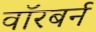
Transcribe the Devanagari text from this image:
वॉरबर्न